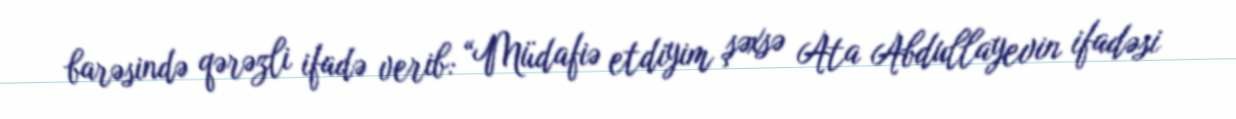
barəsində qərəzli ifadə verib: “Müdafiə etdiyim şəxsə Ata Abdullayevin ifadəsi